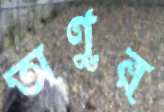
অণুর